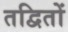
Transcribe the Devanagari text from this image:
तद्वितों